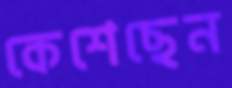
কেশেছেন